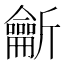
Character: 𪛊